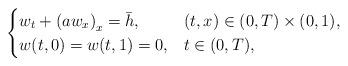
LaTeX: \begin{align*}\begin{cases}w_t + \left(a w_x \right) _x =\bar h, & (t,x) \in (0,T) \times (0,1),\\w(t,0)= w(t, 1)=0, & t \in (0,T),\\\end{cases}\end{align*}